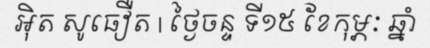
អ៊ិត សូធឿត | ថ្ងៃចន្ទ ទី១៥ ខែកុម្ភៈ ឆ្នាំ